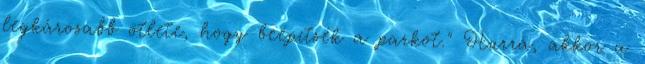
legkárosabb ötlete, hogy beépítsék a parkot." Hurrá, akkor a